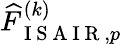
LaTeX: \widehat{F}_{\mathrm{~I~S~A~I~R~},p}^{(k)}